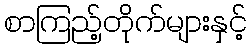
စာကြည့်တိုက်များနှင့်